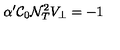
\alpha ^ { \prime } { \cal C } _ { 0 } { \cal N } _ { T } ^ { 2 } V _ { \bot } = - 1